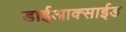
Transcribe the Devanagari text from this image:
डाईआक्साईड